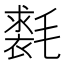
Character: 𣰐